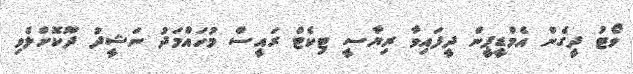
ވޯޓު ދީގެން އެމްޑީޕީން ދީފައިވާ ރިޔާސީ ޓިކެޓް ރައީސް މުހައްމަދު ނަޝީދު ދޫކޮށްލެވި